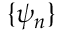
\{ \psi _ { n } \}